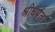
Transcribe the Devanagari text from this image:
श्रीधपंत